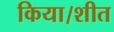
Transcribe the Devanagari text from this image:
किया।शीत